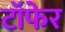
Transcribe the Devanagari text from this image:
टाॅफेर